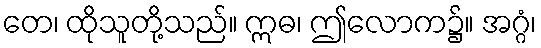
တေ၊ ထိုသူတို့သည်။ ဣဓ၊ ဤလောက၌။ အဂ္ဂံ၊